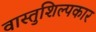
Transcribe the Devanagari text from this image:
वास्तुशिल्पकार